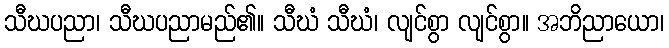
သီဃပညာ၊ သီဃပညာမည်၏။ သီဃံ သီဃံ၊ လျင်စွာ လျင်စွာ။ အဘိညာယော၊